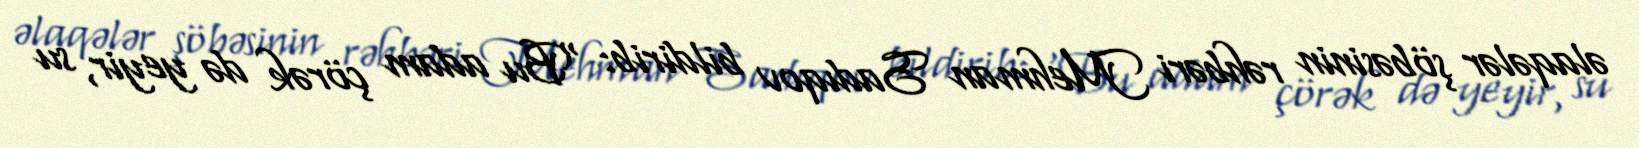
əlaqələr şöbəsinin rəhbəri Mehman Sadıqov bildirib: “Bu adam çörək də yeyir, su